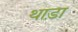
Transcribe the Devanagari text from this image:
थाड़ा